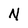
Character: N